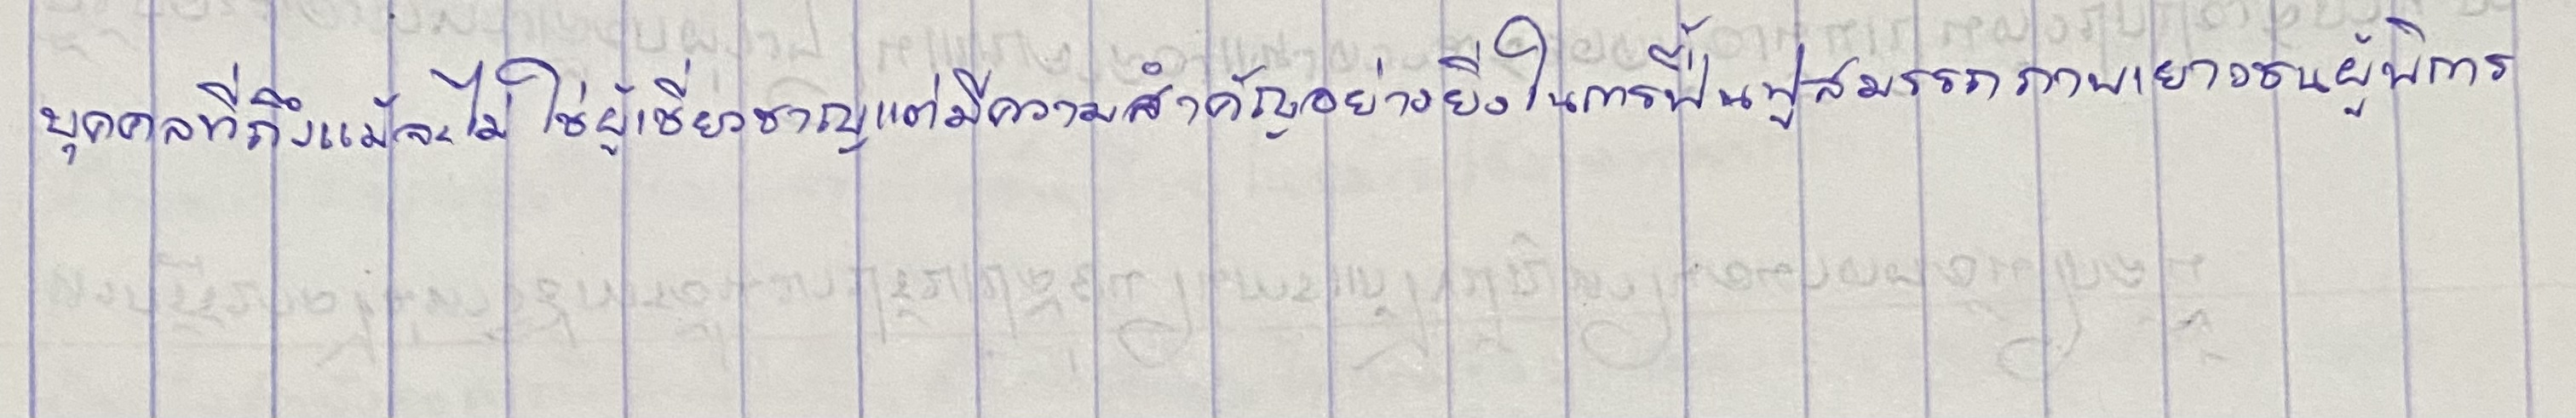
บุคคลที่ถึงแม้จะไม่ใช่ผู้เชี่ยวชาญแต่มีความสำคัญอย่างยิ่งในการฟื้นฟูสมรรถภาพเยาวชนผู้พิการ